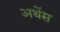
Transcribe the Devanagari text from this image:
अथेंस